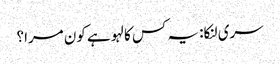
سری لنکا: یہ کس کا لہو ہے کون مرا؟